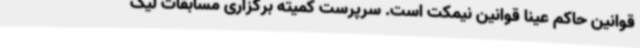
قوانین حاکم عینا قوانین نیمکت است. سرپرست کمیته برگزاری مسابقات لیگ